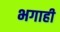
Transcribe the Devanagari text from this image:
भगाही